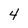
Character: 4